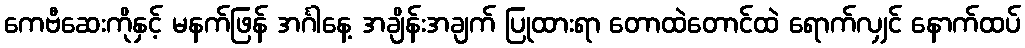
ကေဗီဆေးကိုနှင့် မနက်ဖြန် အင်္ဂါနေ့ အချိန်းအချက် ပြုထားရာ တောထဲတောင်ထဲ ရောက်လျှင် နောက်ထပ်